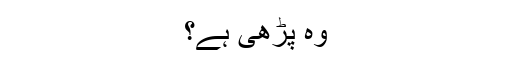
وہ پڑھی ہے؟